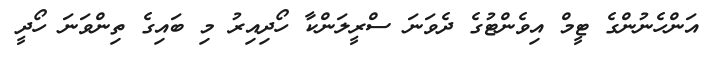
އަންހެނުންގެ ޓީމް އިވެންޓުގެ ދެވަނަ ސްރީލަންކާ ހޯދިއިރު މި ބައިގެ ތިންވަނަ ހޯދީ